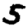
Digit: 5